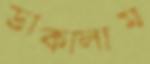
ডাকালাম